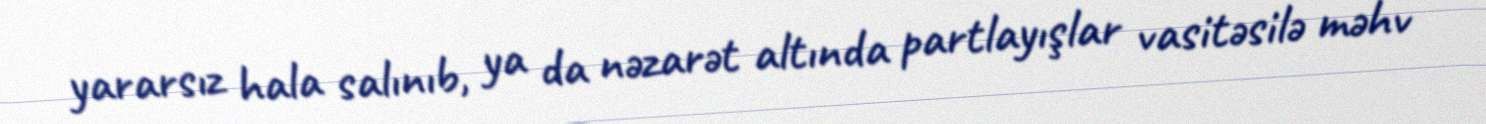
yararsız hala salınıb, ya da nəzarət altında partlayışlar vasitəsilə məhv